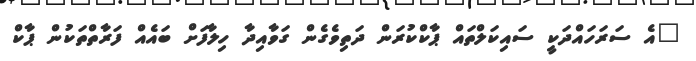
"އެ ސަރަހައްދަކީ ސައިކަލްތައް ޕާކްކުރަން ދަތިވެގެން ގަވާއިދާ ހިލާފަށް ބައެއް ފަރާތްތަކުން ޕާކް